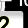
Digit: 2